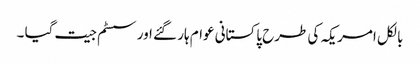
بالکل امریکہ کی طرح پاکستانی عوام ہار گئے اور سسٹم جیت گیا ۔